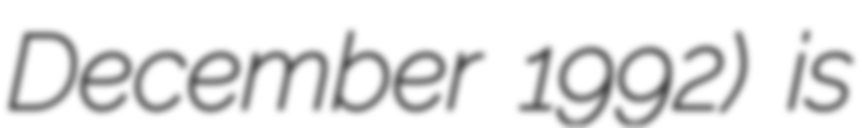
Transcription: December 1992) is